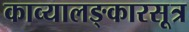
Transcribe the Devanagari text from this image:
काव्यालङ्कारसूत्र